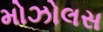
મોઝોલસ